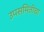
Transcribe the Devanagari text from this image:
उपसमितीचा